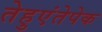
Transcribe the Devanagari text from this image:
तेहुएंतेपेक